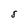
Character: S